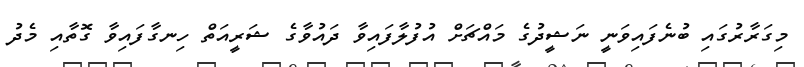
މިގަރާރުގައި ބުނެފައިވަނީ ނަޝީދުގެ މައްޗަށް އުފުލާފައިވާ ދައުވާގެ ޝަރީއަތް ހިނގާފައިވާ ގޮތާއި މެދު